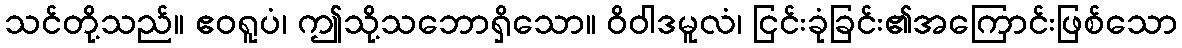
သင်တို့သည်။ ဧဝရူပံ၊ ဤသို့သဘောရှိသော။ ဝိဝါဒမူလံ၊ ငြင်းခုံခြင်း၏အကြောင်းဖြစ်သော